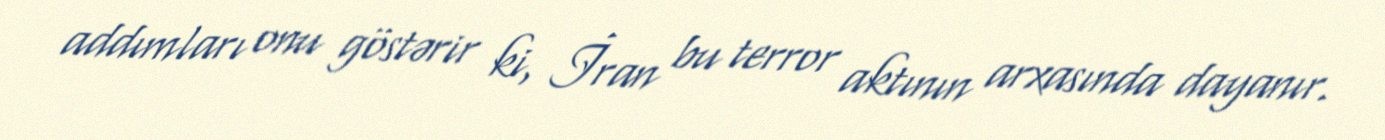
addımları onu göstərir ki, İran bu terror aktının arxasında dayanır.